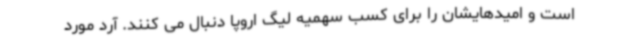
است و امیدهایشان را برای کسب سهمیه لیگ اروپا دنبال می کنند. آرد مورد